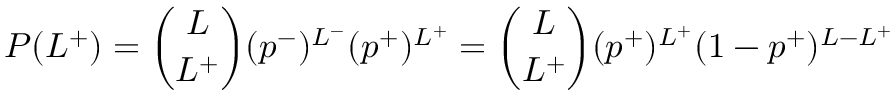
P ( L ^ { + } ) = \binom { L } { L ^ { + } } ( p ^ { - } ) ^ { L ^ { - } } ( p ^ { + } ) ^ { L ^ { + } } = \binom { L } { L ^ { + } } ( p ^ { + } ) ^ { L ^ { + } } ( 1 - p ^ { + } ) ^ { L - L ^ { + } }